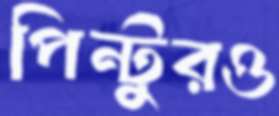
পিন্টুরও